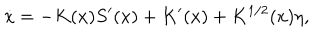
LaTeX: \dot { x } = - K ( x ) S ^ { \prime } ( x ) + K ^ { \prime } ( x ) + K ^ { 1 / 2 } ( x ) \eta ,